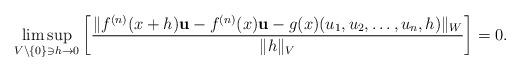
LaTeX: \begin{align*} \limsup_{ V\setminus\{0\} \ni h \to 0 } \bigg[ \frac{ \| f^{(n)}(x+h) \mathbf{u} - f^{(n)}(x) \mathbf{u} - g(x)(u_1,u_2,\ldots,u_n,h) \|_W }{ \|h\|_V } \bigg] =0.\end{align*}